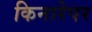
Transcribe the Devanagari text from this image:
किनारेपर